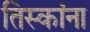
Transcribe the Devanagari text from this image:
तिस्कांना